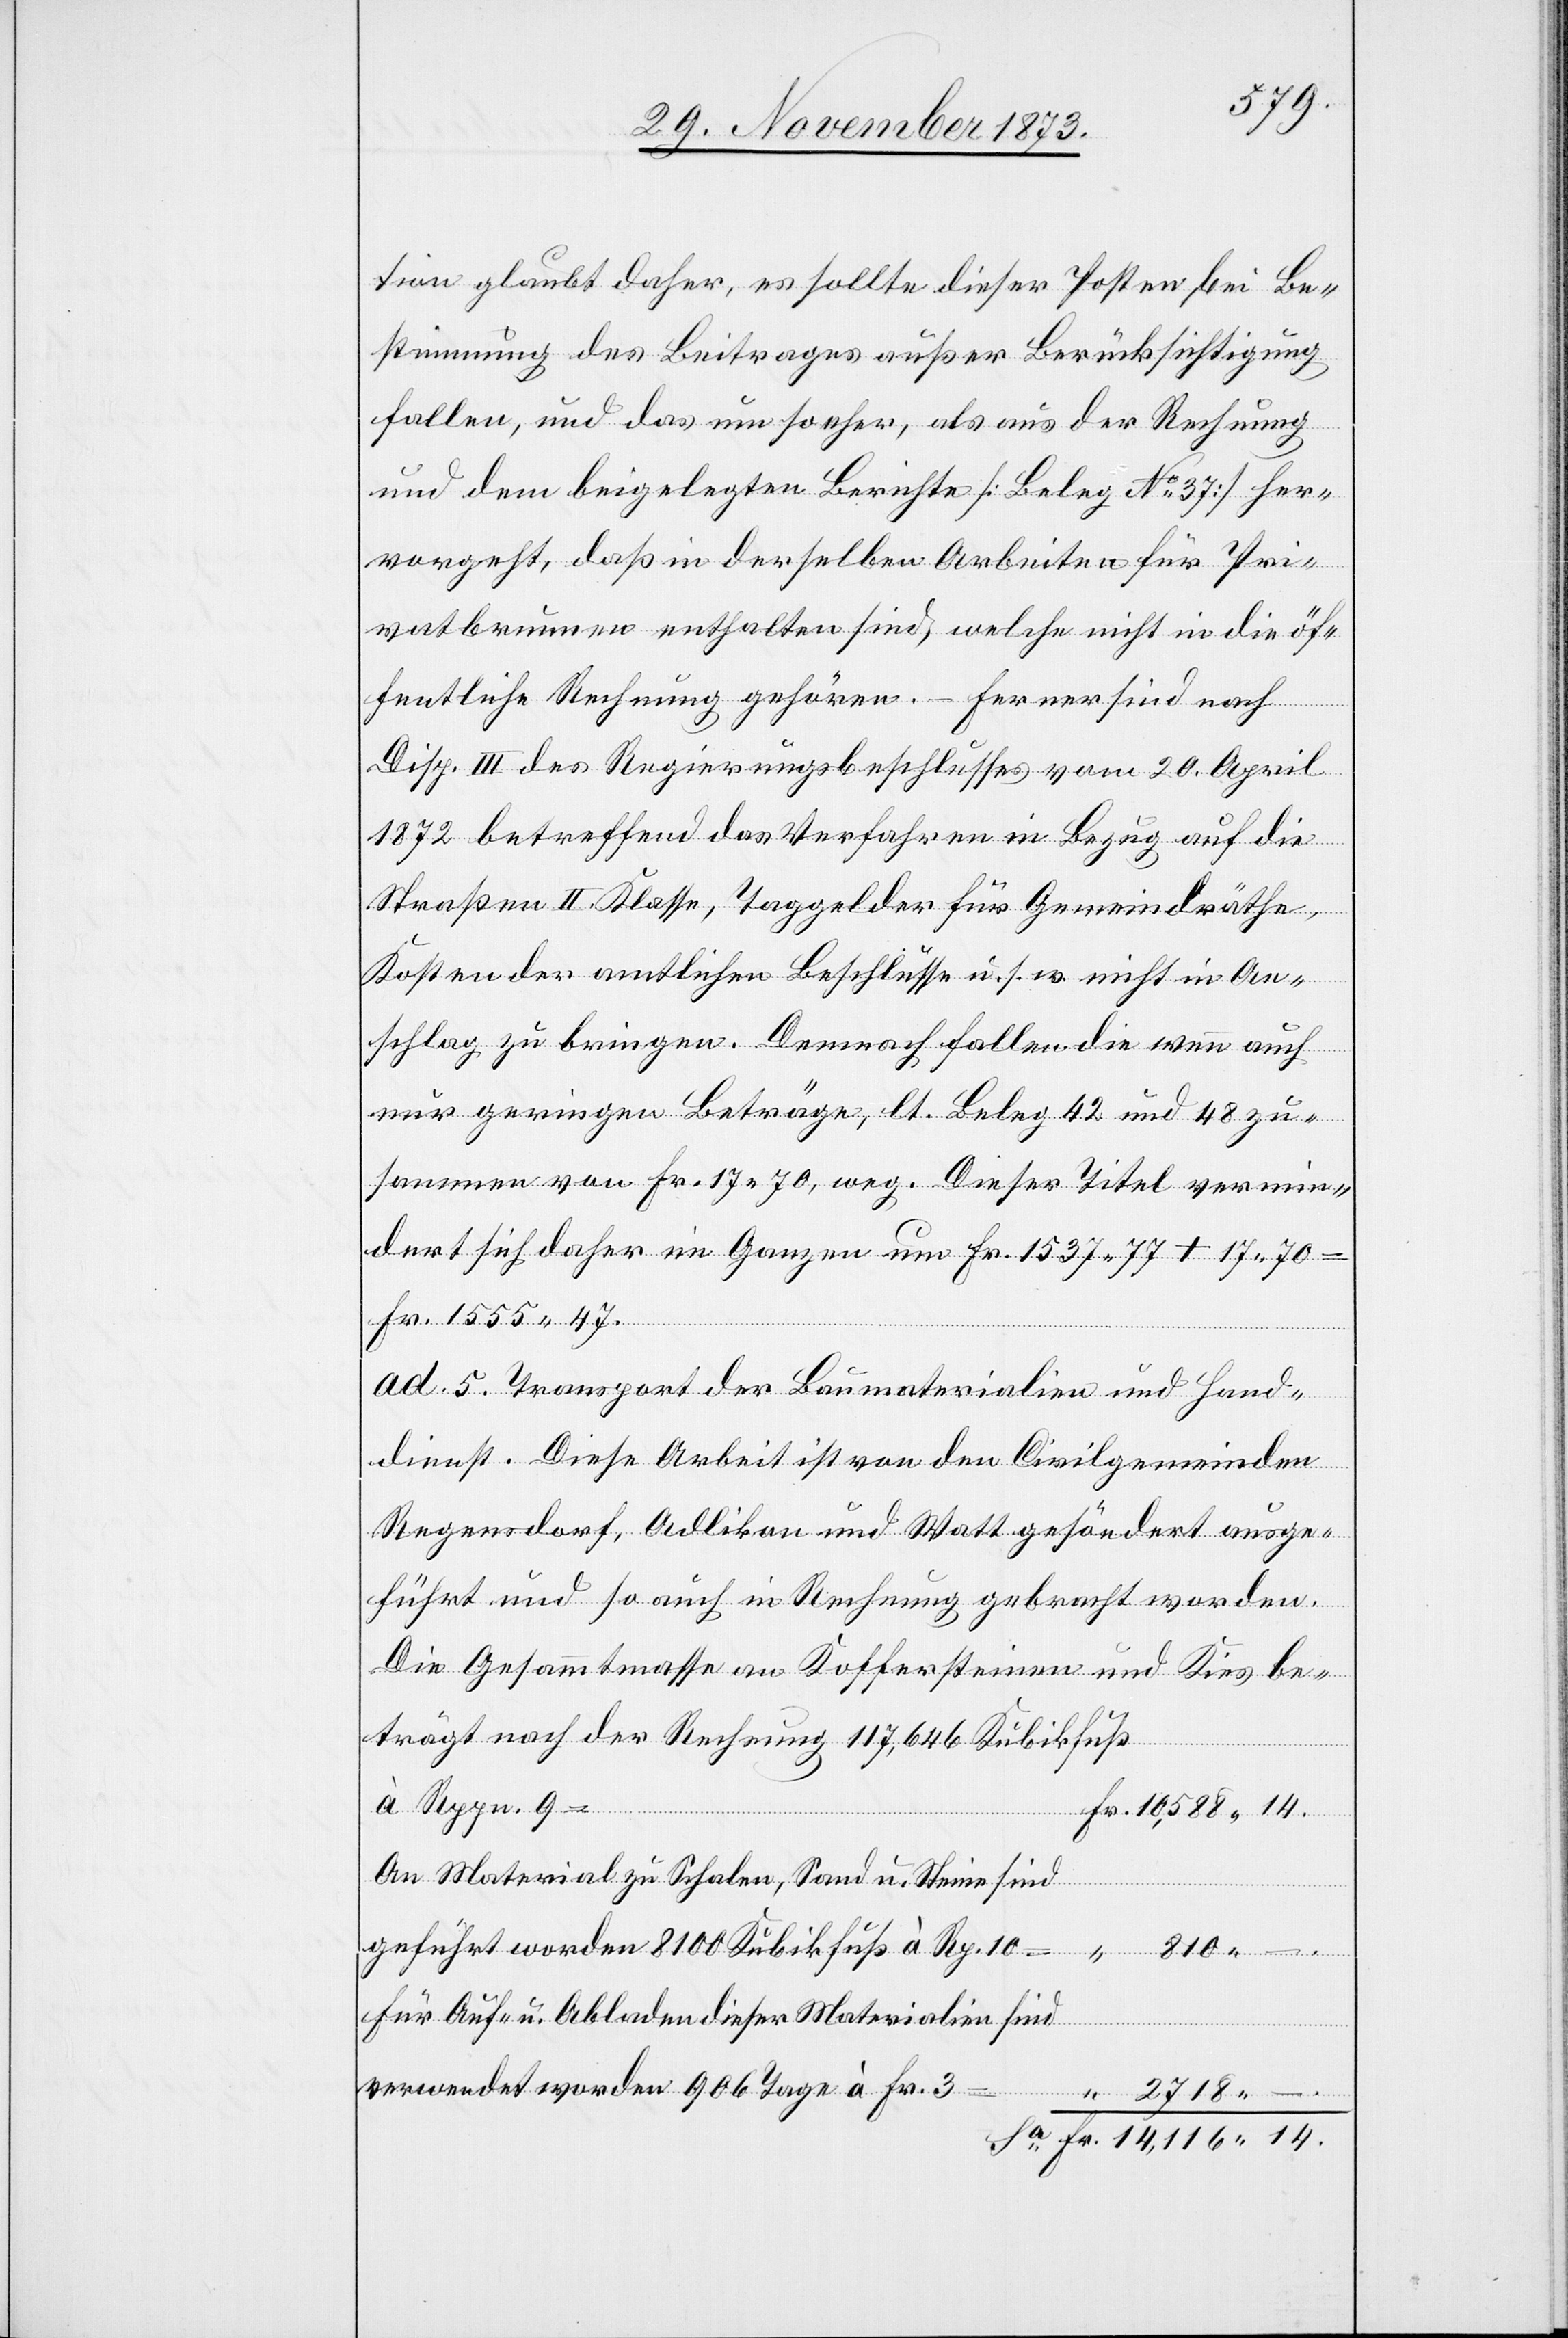
tion glaubt daher, es sollte dieser Posten bei Be¬
stimmung des Beitrages außer Berücksichtigung
fallen, und das um so eher, als aus der Rechnung
und dem beigelegten Berichte [Beleg No 37] her¬
vorgeht, daß in derselben Arbeiten für Pri¬
vatbrunnen enthalten sind, welche nicht in die öf¬
fentliche Rechnung gehören. – Ferner sind nach
Disp. III des Regierungsbeschlusses vom 20. April
1872 betreffend das Verfahren in Bezug auf die
Straßen II. Klasse, Taggelder für Gemeindräthe,
Kosten der amtlichen Beschlüsse u. s. w. nicht in An¬
schlag zu bringen. Demnach fallen die wenn auch
nur geringen Beträge, lt. Beleg 42 und 48 zu¬
sammen von Fr. 17 70, weg. Dieser Titel vermin¬
dert sich daher im Ganzen um Fr. 1 537 77 + 17 70
Fr. 1 555 47.
ad 5. Transport der Baumaterialien und Hand¬
dienst. Diese Arbeit ist von den Civilgemeinden
Regensdorf, Adlikon und Watt gesöndert ausge¬
führt und so auch in Rechnung gebracht worden.
Die Gesammtmasse an Koffersteinen und Kies be¬
à Rppn. 9
–.
An Material zu Schalen, Sand u. Steine sind
geführt worden 8 100 Kubikfuß à Rp. 10 =
Für Auf- u. Abladen dieser Materialien sind
verwendet worden 906 Tage à Fr. 3 =
trägt nach der